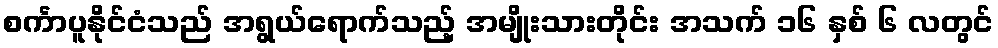
စင်္ကာပူနိုင်ငံသည် အရွယ်ရောက်သည့် အမျိုးသားတိုင်း အသက် ၁၆ နှစ် ၆ လတွင်